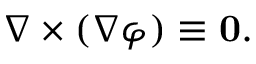
\nabla \times ( \nabla \varphi ) \equiv \mathbf { 0 } .